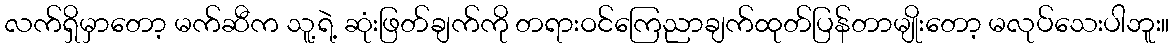
လက်ရှိမှာတော့ မက်ဆီက သူ့ရဲ့ ဆုံးဖြတ်ချက်ကို တရားဝင်ကြေညာချက်ထုတ်ပြန်တာမျိုးတော့ မလုပ်သေးပါဘူး။